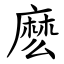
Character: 麽